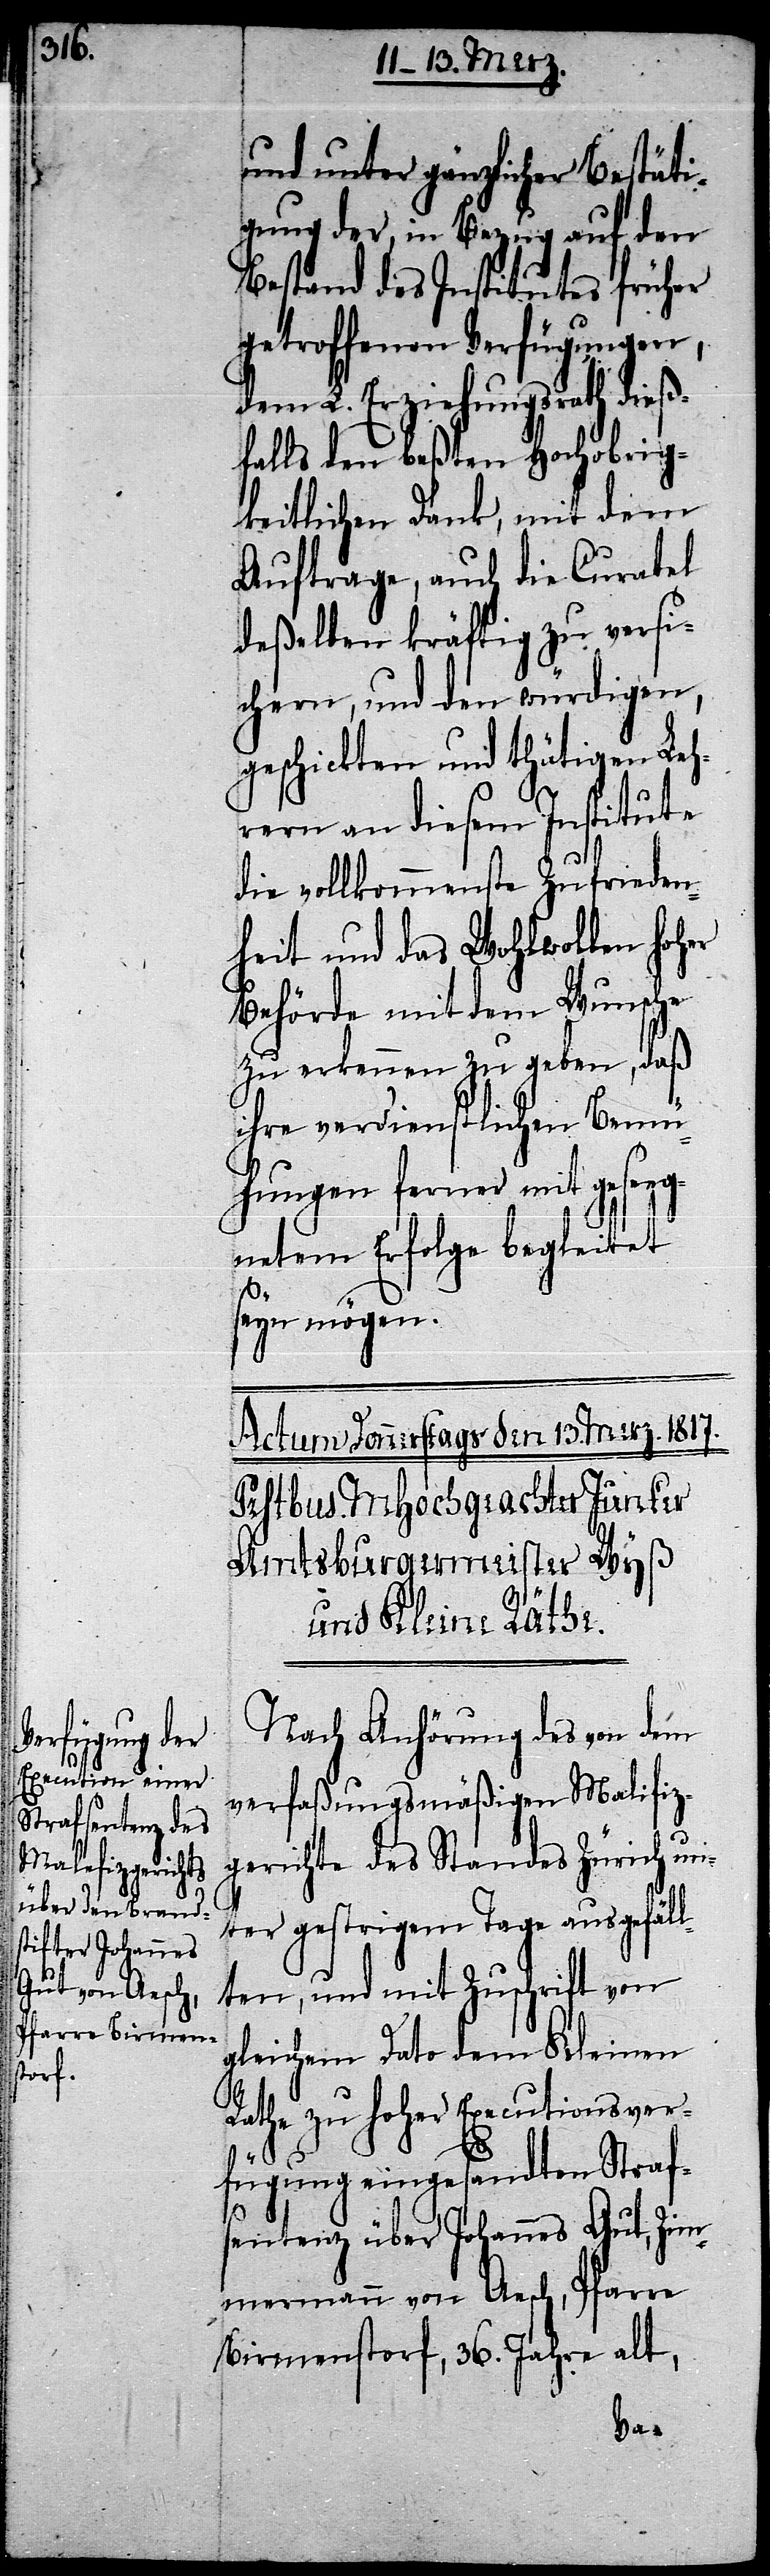
und unter gänzlicher Bestäti¬
gung der, in Bezug auf den
Bestand des Institutes früher
getroffenen Verfügungen,
dem L. Erziehungsrath dieß¬
falls den beßten Hochobrig¬
keitlichen Dank, mit dem
Auftrage, auch die Curatel
deßelben kräftig zu versi¬
chern, und den würdigen,
geschickten und thätigen Leh¬
rern an diesem Institute
die vollkommenste Zufrieden¬
heit und das Wohlwollen hoher
Behörde mit dem Wunsche
zu erkennen zu geben, daß
ihre verdienstlichen Bemü¬
hungen ferner mit geseeg¬
netem Erfolge begleitet
seyn mögen.
Nach Anhörung des von dem
verfaßungsmäßigen Malefiz¬
gerichte des Standes Zürich un¬
ter gestrigem Tage ausgefäll¬
ten, und mit Zuschrift von
gleichem Dato dem Kleinen
Rathe zu hoher Executionsver¬
fügung eingesandten Strafs¬
entenz über Johannes Gut, Zim¬
mermann von Aesch, Pfarre
Birmenstorf, 36. Jahre alt,